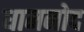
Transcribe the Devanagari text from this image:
धामनोद